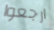
ارجعوا